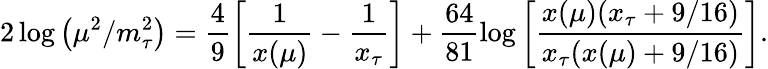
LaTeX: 2\log\left(\mu^{2}/m_{\tau}^{2}\right)=\frac{4}{9}\left[\frac{1}{x(\mu)}-\frac{1}{x_{\tau}}\right]+\frac{64}{81}\log\left[\frac{x(\mu)(x_{\tau}+9/16)}{x_{\tau}(x(\mu)+9/16)}\right].